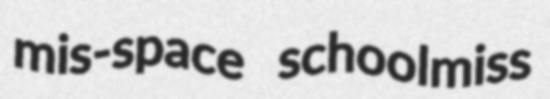
mis-space schoolmiss